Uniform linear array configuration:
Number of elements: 32
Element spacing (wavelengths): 1
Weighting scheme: blackman
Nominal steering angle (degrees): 30
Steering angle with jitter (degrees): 28.194
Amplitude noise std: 0.05
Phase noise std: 0.05

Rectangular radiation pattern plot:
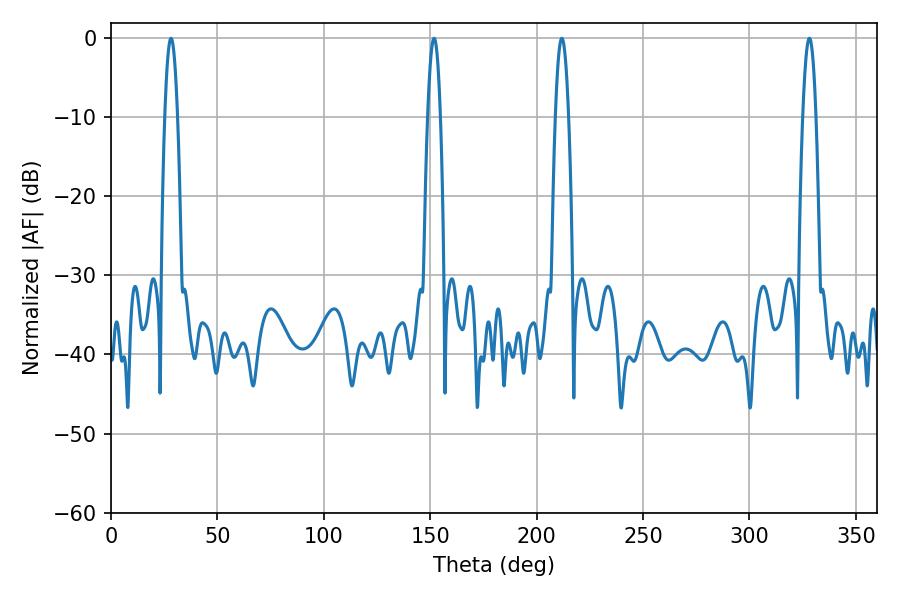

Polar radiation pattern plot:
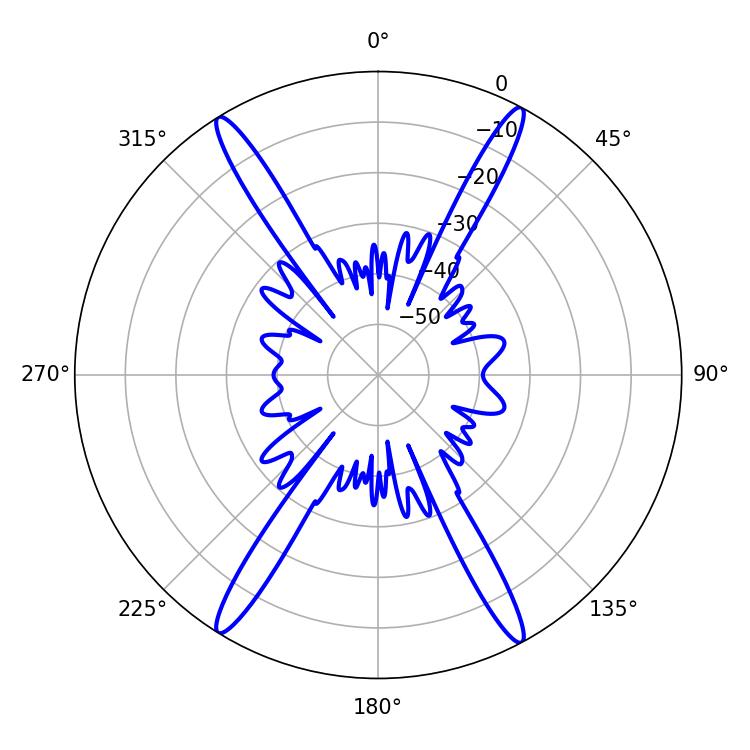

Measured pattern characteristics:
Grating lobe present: TRUE
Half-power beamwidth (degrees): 3.24
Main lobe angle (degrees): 211.86